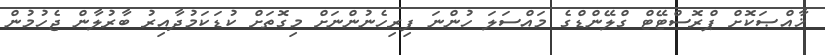
ޚާއްޞަކޮށް ޕްރޮސްޓޭޓް ގްލޭންޑްގެ މައްސަލަ ހުންނަ ފިރިހެނުންނަށް މިގޮތަށް ކުޑަކަމުދާއިރު ބާރުލާން ޖެހުމުން